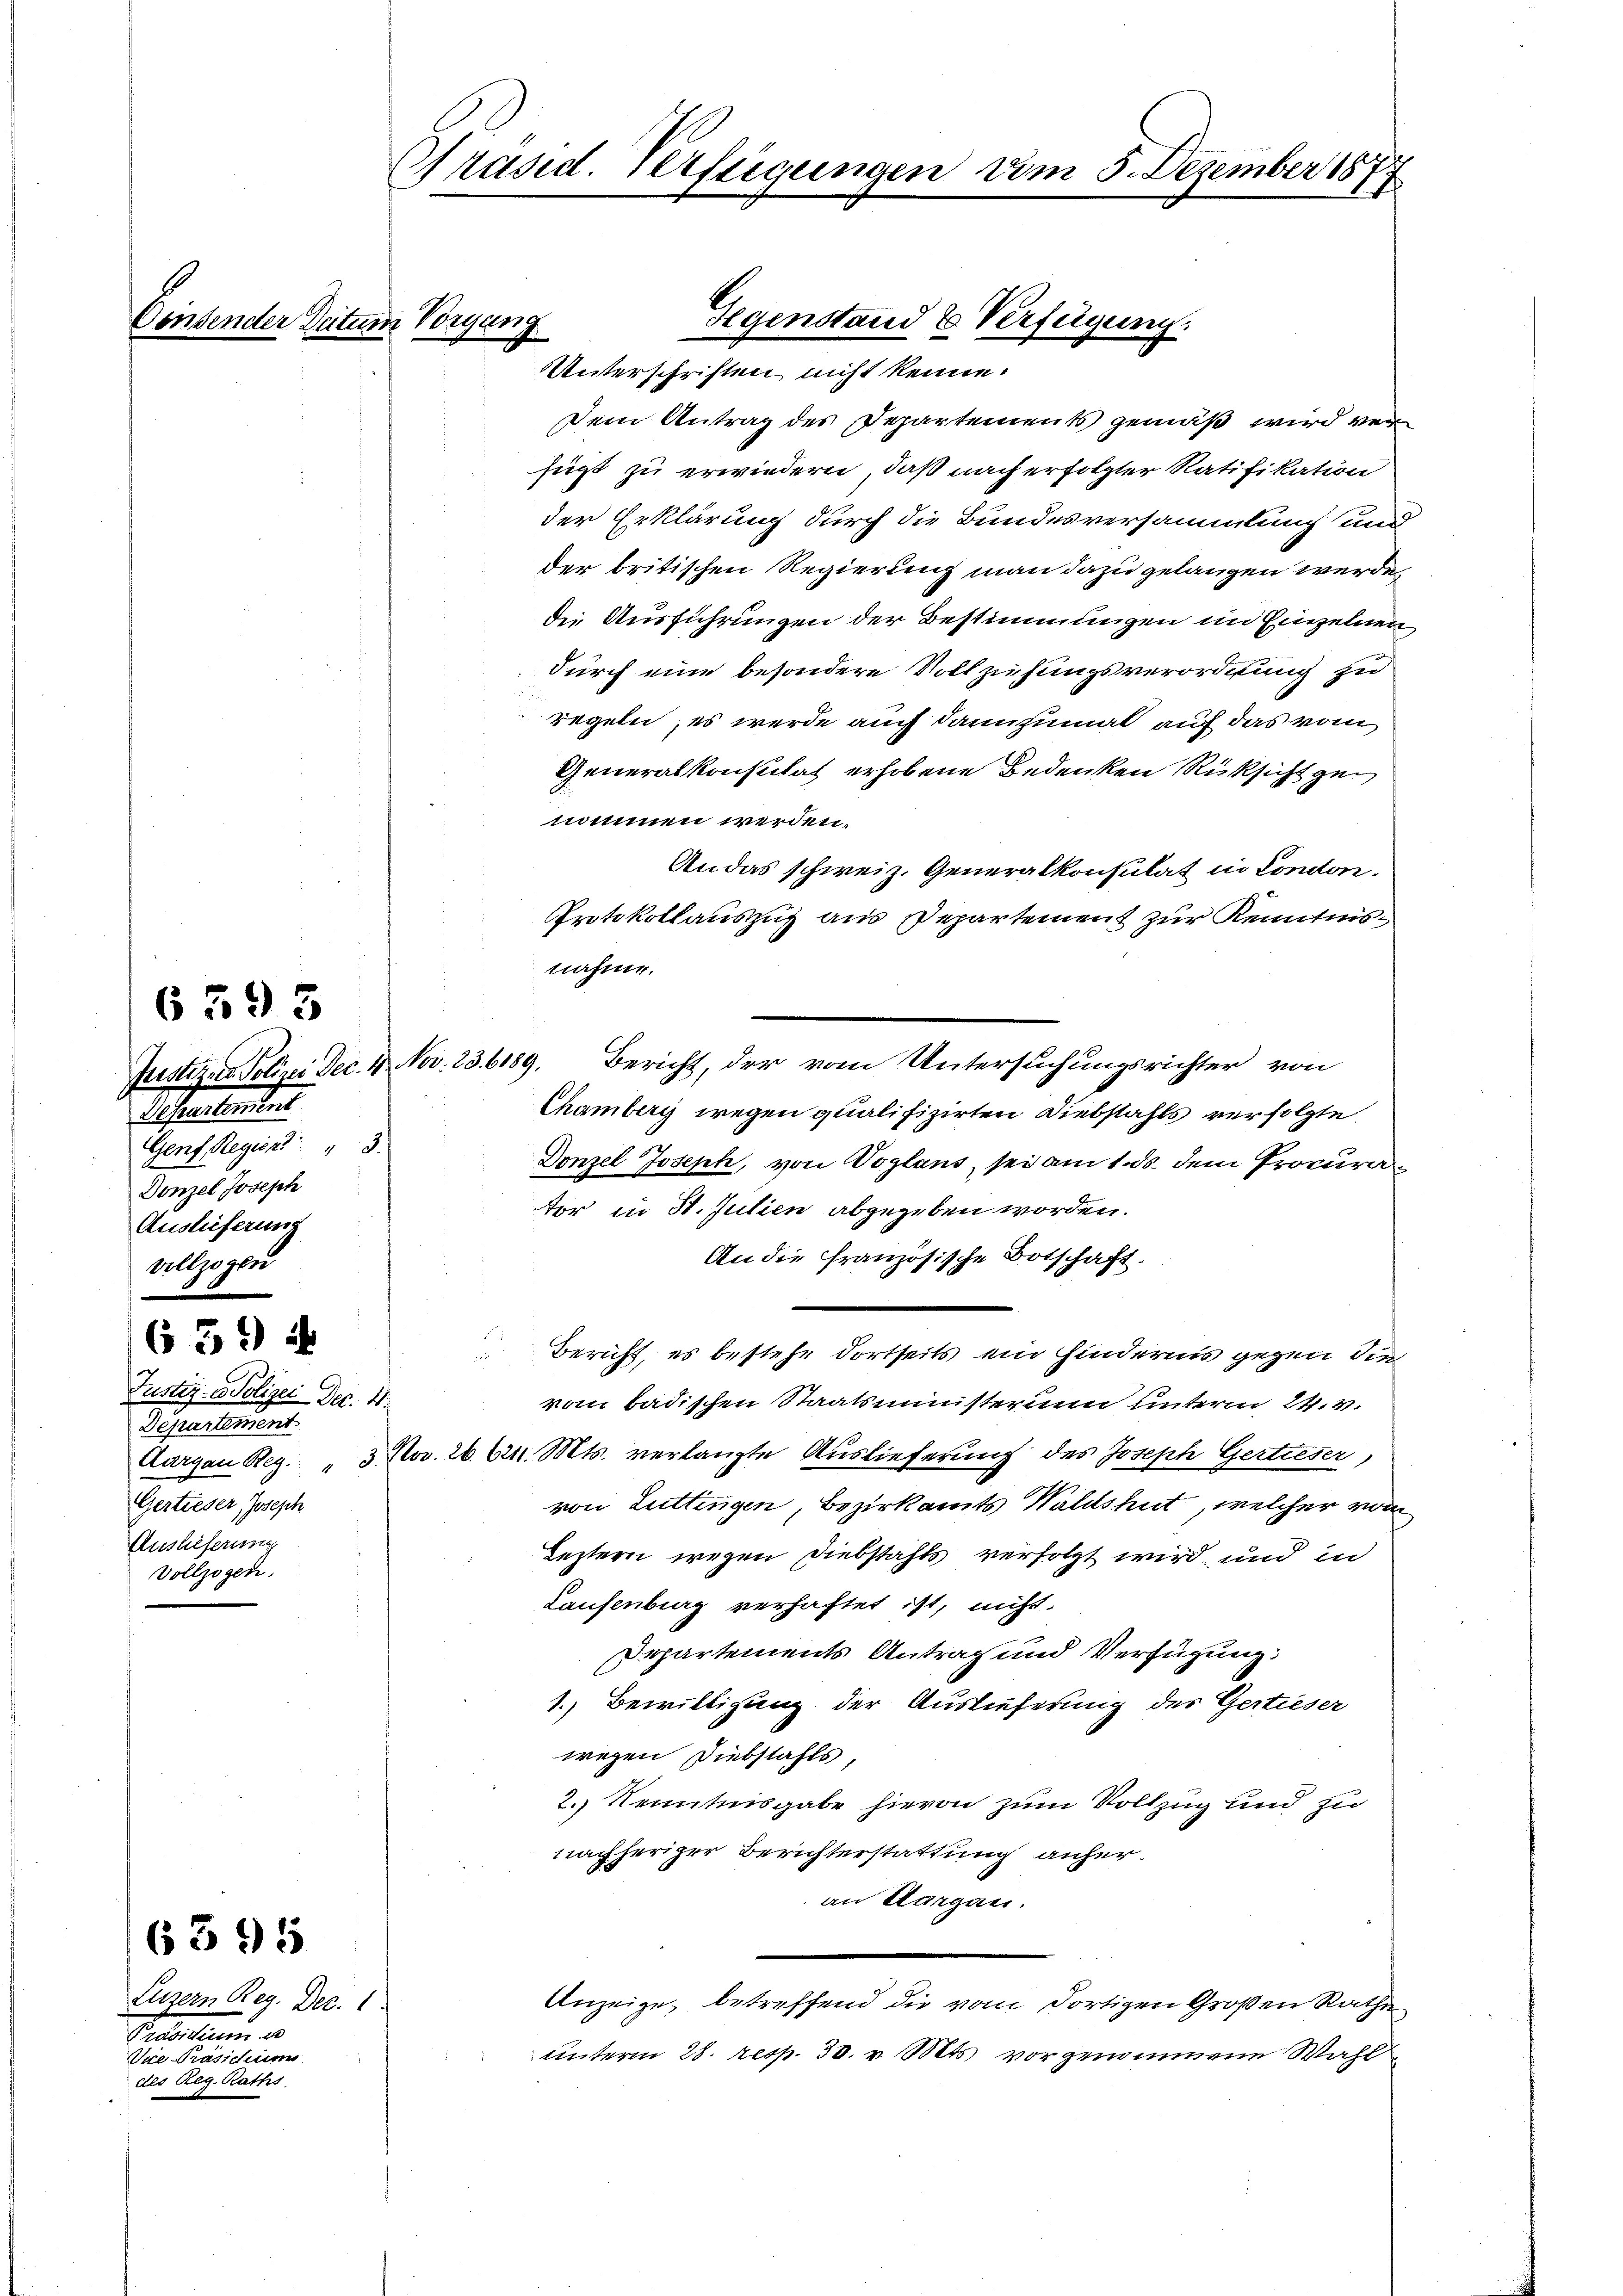
6593

65)

6395

Luzern Reg. Dec. 1
Petenten e
Vice-Präsidiums.
Reg. Raths

Densender Datum Vorgang

issantenten
Genf, Regien 3.
Donzel Joseph
Auslieferung
vollzogen

Präsid. Verfügungen um 5. Dezember 1877

Justiz- & Polizei Dec. 1.
Departement
Gertieser, Joseph
Auslieferung
Vollzogen.

Dem Antrag des Departements gemäß wird verfügt zu erwiedern, daß nach erfolgter Ratifikation
der Erklärung durch die Bundesversammlung und
der britischen Regierung man dazu gelangen werde,
die Ausführungen der Bestimmungen im Einzelnen
durch eine besondere Vollziehungsverordnung zu
regeln, es werde auch dannzumal auf das vom
Generalkonstitat erhobene Bedenken Rüksicht zu
nomen werden.
An das schweiz. Generalkonsulat in London.
Protokollauszug aus Departement zur Kenntnisnahme.
Justiz- Polizei Dec. 1. Nov. 236189. Bericht, der vom Untersuchungsrichter von
Chamberg wegen qualifizirten Diebstahls verfolgte
Denzel Joseph, von Voglans, sei am 1. ds. dem Procurator in St. Julien abgegeben worden.
An die französische Botschaft.
¬
Bericht, es bestehe dortseits ein Hindernis gegen die
vom badischen Staatsministerim unterm 24. v.
Aargau Reg. " 3. Nov. 26. 624. Mts. verlangte Auslieferung des Joseph Gertieser,
von Luttingen, Bezirksamts Waldshut, welcher vom
Leztern wegen Diebstahls verfolgt wird, und in
Laufenburg verhaftet ist, nicht.
Departements Antrag und Verfügung:
1. Bewilligung der Auslieferung des Gertieser
wegen Diebstahls,
2.) Kenntnisgabe hievon zum Vollzug und zu
nachheriger Berichterstattung anheran Aargau.
Anzeige, betreffend die vom dortigen Großen Rathe
unterm 28. resp. 30. v. Mts. vorgenommene Wahl

Gegenstand & Verfügung.
Unterschriften nicht kenne.